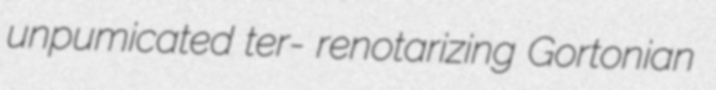
unpumicated ter- renotarizing Gortonian